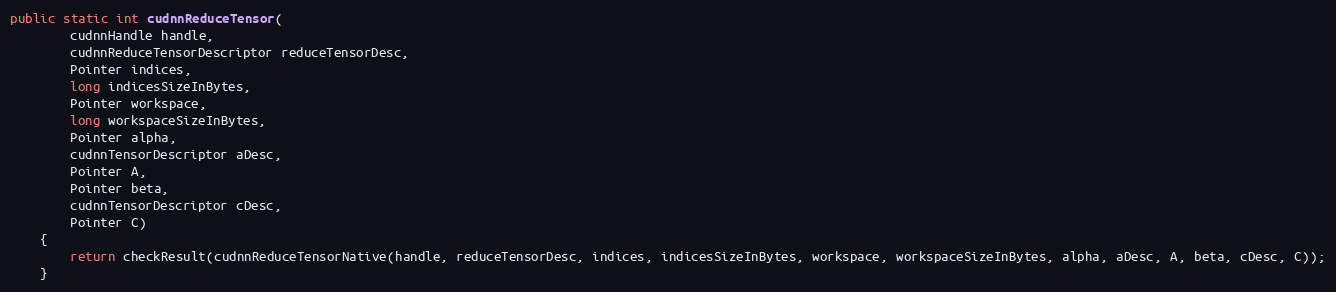
Language: Java
public static int cudnnReduceTensor(
        cudnnHandle handle,
        cudnnReduceTensorDescriptor reduceTensorDesc,
        Pointer indices,
        long indicesSizeInBytes,
        Pointer workspace,
        long workspaceSizeInBytes,
        Pointer alpha,
        cudnnTensorDescriptor aDesc,
        Pointer A,
        Pointer beta,
        cudnnTensorDescriptor cDesc,
        Pointer C)
    {
        return checkResult(cudnnReduceTensorNative(handle, reduceTensorDesc, indices, indicesSizeInBytes, workspace, workspaceSizeInBytes, alpha, aDesc, A, beta, cDesc, C));
    }